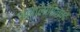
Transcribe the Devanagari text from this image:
जाबालोपिनषद